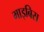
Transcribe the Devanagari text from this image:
माइबिस